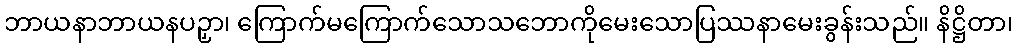
ဘာယနာဘာယနပဉှာ၊ ကြောက်မကြောက်သောသဘောကိုမေးသောပြဿနာမေးခွန်းသည်။ နိဋ္ဌိတာ၊